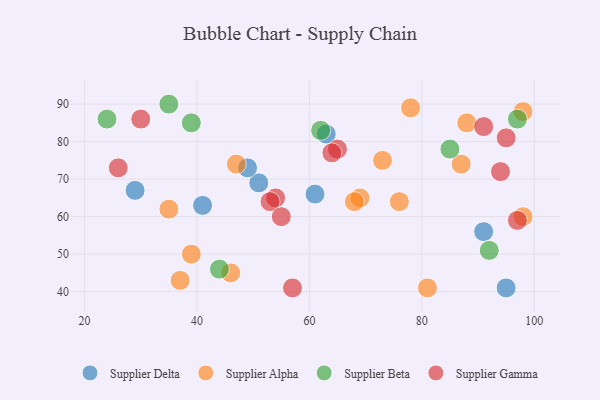
{"axis": {"x": "GDP", "y": "Life Expectancy"}, "legend": ["Supplier Alpha", "Supplier Beta", "Supplier Delta", "Supplier Gamma"], "data": [{"x": "41", "y": 63, "type": "Supplier Delta"}, {"x": "61", "y": 66, "type": "Supplier Delta"}, {"x": "95", "y": 41, "type": "Supplier Delta"}, {"x": "51", "y": 69, "type": "Supplier Delta"}, {"x": "91", "y": 56, "type": "Supplier Delta"}, {"x": "63", "y": 82, "type": "Supplier Delta"}, {"x": "29", "y": 67, "type": "Supplier Delta"}, {"x": "49", "y": 73, "type": "Supplier Delta"}, {"x": "98", "y": 60, "type": "Supplier Alpha"}, {"x": "39", "y": 50, "type": "Supplier Alpha"}, {"x": "69", "y": 65, "type": "Supplier Alpha"}, {"x": "68", "y": 64, "type": "Supplier Alpha"}, {"x": "46", "y": 45, "type": "Supplier Alpha"}, {"x": "35", "y": 62, "type": "Supplier Alpha"}, {"x": "76", "y": 64, "type": "Supplier Alpha"}, {"x": "88", "y": 85, "type": "Supplier Alpha"}, {"x": "73", "y": 75, "type": "Supplier Alpha"}, {"x": "37", "y": 43, "type": "Supplier Alpha"}, {"x": "47", "y": 74, "type": "Supplier Alpha"}, {"x": "78", "y": 89, "type": "Supplier Alpha"}, {"x": "87", "y": 74, "type": "Supplier Alpha"}, {"x": "98", "y": 88, "type": "Supplier Alpha"}, {"x": "81", "y": 41, "type": "Supplier Alpha"}, {"x": "62", "y": 83, "type": "Supplier Beta"}, {"x": "97", "y": 86, "type": "Supplier Beta"}, {"x": "24", "y": 86, "type": "Supplier Beta"}, {"x": "92", "y": 51, "type": "Supplier Beta"}, {"x": "39", "y": 85, "type": "Supplier Beta"}, {"x": "35", "y": 90, "type": "Supplier Beta"}, {"x": "44", "y": 46, "type": "Supplier Beta"}, {"x": "85", "y": 78, "type": "Supplier Beta"}, {"x": "57", "y": 41, "type": "Supplier Gamma"}, {"x": "54", "y": 65, "type": "Supplier Gamma"}, {"x": "65", "y": 78, "type": "Supplier Gamma"}, {"x": "97", "y": 59, "type": "Supplier Gamma"}, {"x": "53", "y": 64, "type": "Supplier Gamma"}, {"x": "55", "y": 60, "type": "Supplier Gamma"}, {"x": "91", "y": 84, "type": "Supplier Gamma"}, {"x": "30", "y": 86, "type": "Supplier Gamma"}, {"x": "94", "y": 72, "type": "Supplier Gamma"}, {"x": "64", "y": 77, "type": "Supplier Gamma"}, {"x": "95", "y": 81, "type": "Supplier Gamma"}, {"x": "26", "y": 73, "type": "Supplier Gamma"}]}